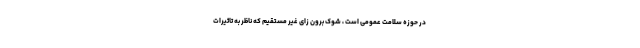
در حوزه سلامت عمومی است ، شوک برون زای غیر مستقیم که ناظر به تاثیرات